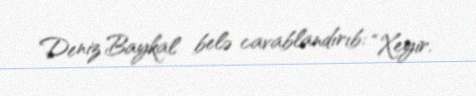
Deniz Baykal belə cavablandırıb: “Xeyir.